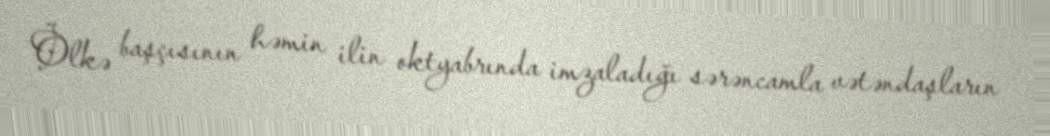
Ölkə başçısının həmin ilin oktyabrında imzaladığı sərəncamla vətəndaşların